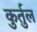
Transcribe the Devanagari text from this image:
कुर्तुल